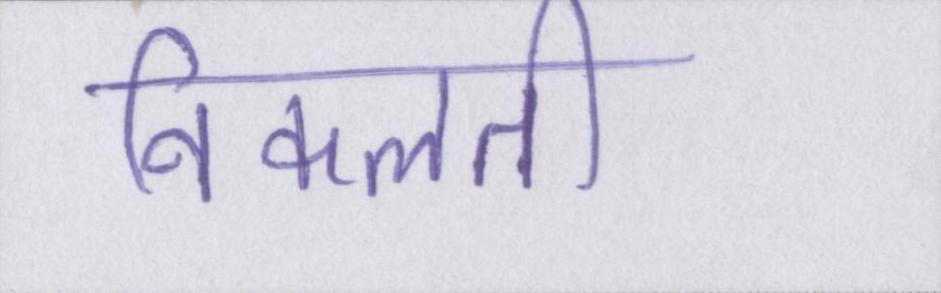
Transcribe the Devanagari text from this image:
निकलती